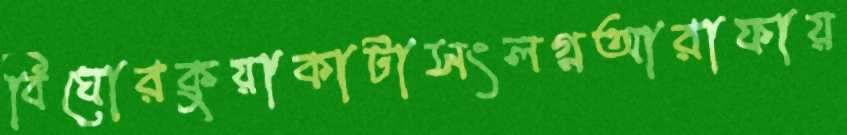
বিঘোরকুয়াকাটাসংলগ্নআরাফায়